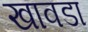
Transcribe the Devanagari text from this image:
खावडा